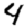
Digit: 4